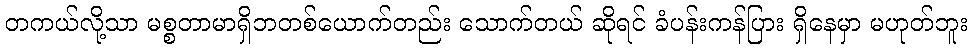
တကယ်လို့သာ မစ္စတာမာရှိဘတစ်ယောက်တည်း သောက်တယ် ဆိုရင် ခံပန်းကန်ပြား ရှိနေမှာ မဟုတ်ဘူး